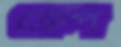
ক্রেপ